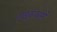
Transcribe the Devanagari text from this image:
हाइकुकारों